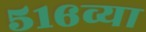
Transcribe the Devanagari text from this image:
५१६व्या